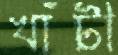
খাঁটী